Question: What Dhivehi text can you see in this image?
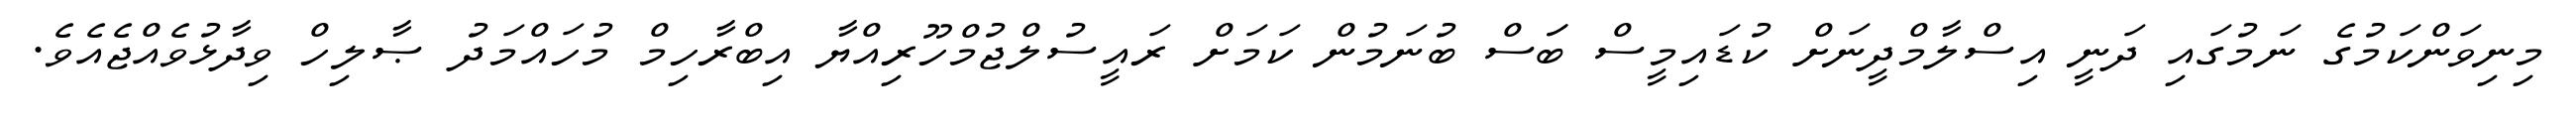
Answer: މިނިވަންކަމުގެ ނަމުގައި ދަނީ އިސްލާމްދީނަށް ކުޑައިމީސް ބަަސް ބުނަމުން ކަމަށް ރައީސުލްޖުމްހޫރިއްޔާ އިބްރާހިމް މުހައްމަދު ޞާލިހް ވިދާޅުވެއްޖެއެވެ.